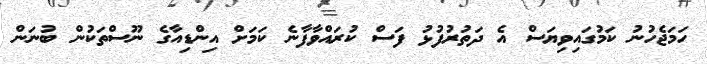
ހަމަޖެހުނު ކަމުގައިވިޔަސް އެ ދަތުރުފުޅު ފަސް ކުރައްވާފާނެ ކަމަށް އިންޑިއާގެ ނޫސްތަކުން ބުނަން